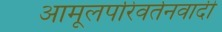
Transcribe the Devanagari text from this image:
आमूलपरिवर्तनवादी